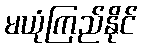
မယုံကြည်နိုင်